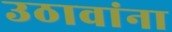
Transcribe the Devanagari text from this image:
उठावांना